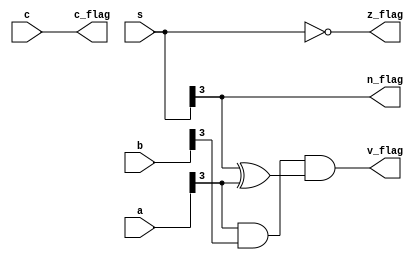
module flag_circuit
#(parameter N = 4)
(a, b, c, s, n_flag, c_flag, v_flag, z_flag);
  localparam MSB = (N-1);

  input [MSB:0] a, b, s;
  input c;
  output n_flag, c_flag, v_flag, z_flag;

  assign z_flag = !s; // zero flag
  assign n_flag = s[MSB]; // negative flag
  assign v_flag = ((a[MSB]&b[MSB])&(s[MSB]^a[MSB])); // overflow flag
  assign c_flag = c; // carry flag
endmodule